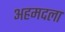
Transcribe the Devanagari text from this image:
अहमदला